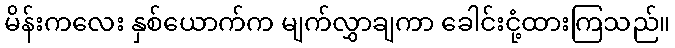
မိန်းကလေး နှစ်ယောက်က မျက်လွှာချကာ ခေါင်းငုံ့ထားကြသည်။